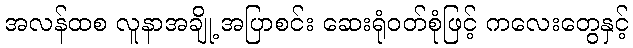
အလန်ထစ လူနာအချို့ အပြာစင်း ဆေးရုံဝတ်စုံဖြင့် ကလေးတွေနှင့်